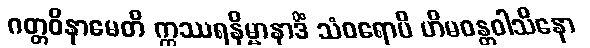
ဂတ္တဝိနာမေတိ ဣဿရနိမ္မာနာဒိံ သံဝရောပိ ဟိမဝန္တဝါသိနော